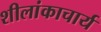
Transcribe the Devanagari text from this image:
शीलांकाचार्य